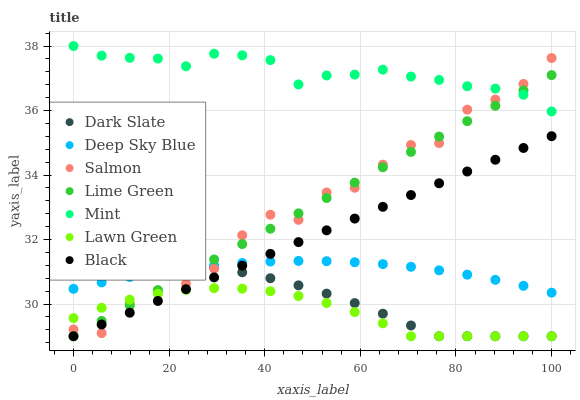
| xaxis_label | Dark Slate | Deep Sky Blue | Salmon | Lime Green | Mint | Lawn Green | Black |
 | --- | --- | --- | --- | --- | --- | --- | --- |
 | 0 | 31.3 | 30.5 | 29.2 | 29 | 38 | 29.6 | 29 |
 | 5.88 | 31.4 | 30.7 | 29.1 | 29.5 | 37.7 | 29.9 | 29.4 |
 | 11.8 | 31.4 | 30.8 | 30 | 30 | 37.6 | 30.1 | 29.7 |
 | 17.6 | 31.3 | 31 | 30.4 | 30.4 | 37.6 | 30.3 | 30.1 |
 | 23.5 | 31.2 | 31.1 | 30.6 | 30.9 | 37.4 | 30.4 | 30.5 |
 | 29.4 | 31.1 | 31.2 | 31.1 | 31.4 | 37.8 | 30.5 | 30.8 |
 | 35.3 | 31 | 31.3 | 32.1 | 31.9 | 37.7 | 30.5 | 31.2 |
 | 41.2 | 30.8 | 31.3 | 32.8 | 32.3 | 37.6 | 30.4 | 31.6 |
 | 47.1 | 30.6 | 31.3 | 32.6 | 32.8 | 36.8 | 30.2 | 31.9 |
 | 52.9 | 30.3 | 31.3 | 33.5 | 33.3 | 37.1 | 30 | 32.3 |
 | 58.8 | 30 | 31.3 | 33.6 | 33.8 | 37.1 | 29.7 | 32.6 |
 | 64.7 | 29.7 | 31.2 | 34.3 | 34.2 | 37.3 | 29.4 | 33 |
 | 70.6 | 29.3 | 31.2 | 34.9 | 34.7 | 37.1 | 29 | 33.4 |
 | 76.5 | 29 | 31 | 35 | 35.2 | 36.9 | 29 | 33.7 |
 | 82.4 | 29 | 30.9 | 36 | 35.7 | 36.8 | 29 | 34.1 |
 | 88.2 | 29 | 30.7 | 36.3 | 36.1 | 36.7 | 29 | 34.5 |
 | 94.1 | 29 | 30.6 | 36.8 | 36.6 | 36.5 | 29 | 34.8 |
 | 100 | 29 | 30.4 | 37.6 | 37.1 | 36 | 29 | 35.2 |